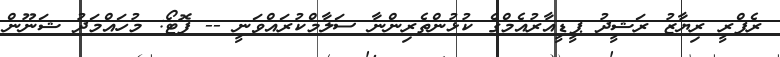
ރެފްރީ ރިޔާޒު ރަޝީދު ޕީޑީއާރުއެމްގެ ކުޅުންތެރިންނާ ސަލާމްކުރައްވަނީ -- ފޮޓޯ: މުހައްމަދު ޝަނޫން